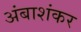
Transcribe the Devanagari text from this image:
अंबाशंकर